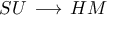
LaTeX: { \cal S U } \, \longrightarrow \, { \cal H M }